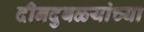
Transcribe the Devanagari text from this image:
दीनदुबळ्यांच्या